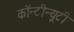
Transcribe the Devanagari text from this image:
कॉन्टीन्यूटी